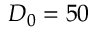
D _ { 0 } = 5 0